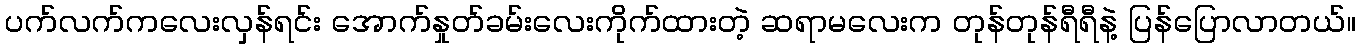
ပက်လက်ကလေးလှန်ရင်း အောက်နှုတ်ခမ်းလေးကိုက်ထားတဲ့ ဆရာမလေးက တုန်တုန်ရီရီနဲ့ ပြန်ပြောလာတယ်။